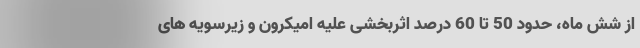
از شش ماه، حدود 50 تا 60 درصد اثربخشی علیه اُمیکرون و زیرسویه های